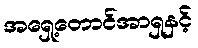
အရှေ့တောင်အာရှနှင့်